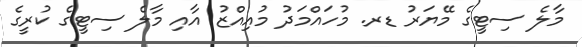
މާލެ ސިޓީގެ މޭޔަރު ޑރ. މުހައްމަދު މުއިއްޒު އާއި މާލެ ސިޓީގެ ކުރީގެ